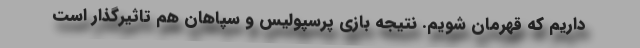
داریم که قهرمان شویم. نتیجه بازی پرسپولیس و سپاهان هم تاثیرگذار است